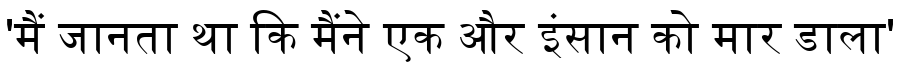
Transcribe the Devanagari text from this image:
'मैं जानता था कि मैंने एक और इंसान को मार डाला'